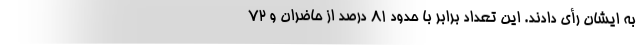
به ایشان رأی دادند. این تعداد برابر با حدود ۸۱ درصد از حاضران و ۷۲